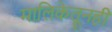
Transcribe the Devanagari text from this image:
मालिकेतूनही